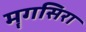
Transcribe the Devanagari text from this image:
मॄगसिरा